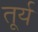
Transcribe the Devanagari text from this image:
तूर्य